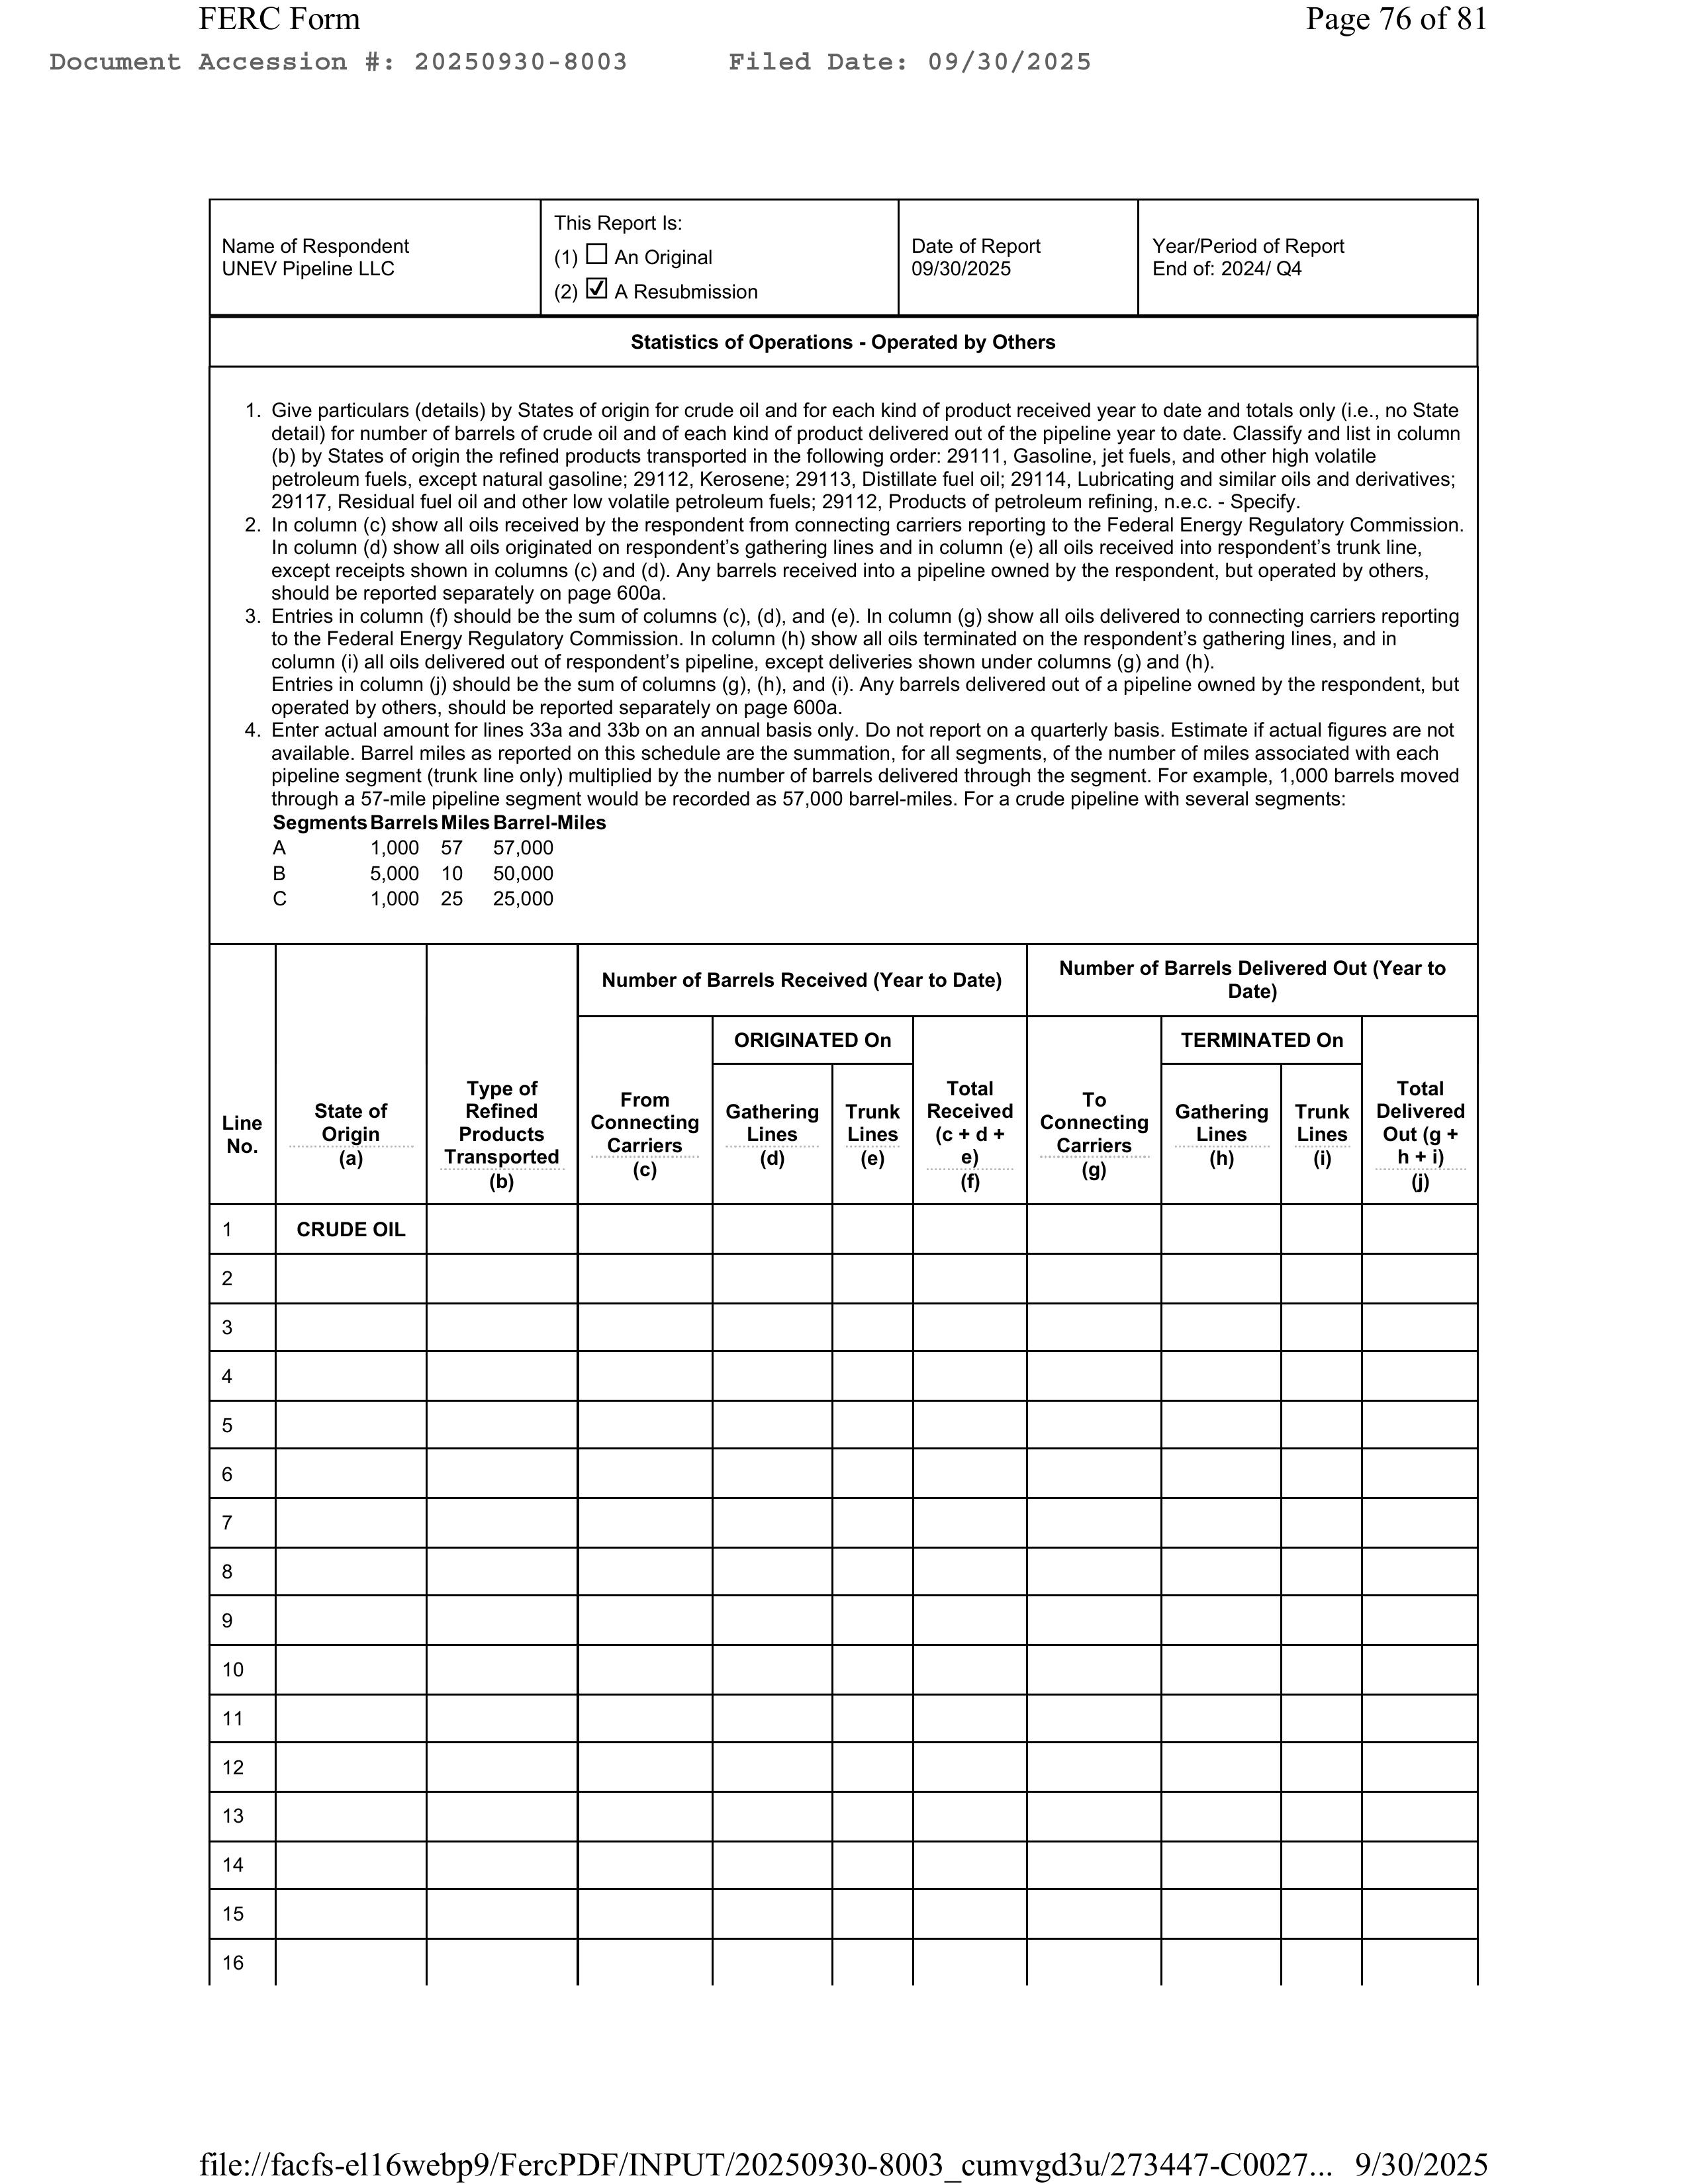
FERC Form                                                                                      Page 76 of 81
Document Accession #: 20250930-8003       Filed Date: 09/30/2025

Name of Respondent
UNEV Pipeline LLC

This Report is:
(1) ☐ An Original
(2) ☑ A Resubmission

Date of Report
09/30/2025

Year/Period of Report
End of: 2024/ Q4

Statistics of Operations - Operated by Others

1. Give particulars (details) by States of origin for crude oil and for each kind of product received year to date and totals only (i.e., no State
   detail) for number of barrels of crude oil and of each kind of product delivered out of the pipeline year to date. Classify and list in column
   (b) by States of origin the refined products transported in the following order: 29111, Gasoline, jet fuels, and other high volatile
   petroleum fuels, except natural gasoline; 29112, Kerosene; 29113, Distillate fuel oil; 29114, Lubricating and other oils and derivatives;
   29117, Residual fuel oil and other low volatile petroleum fuels; 2912, Products of petroleum refining, n.e.c. - Specify.
2. In column (c) show all oils received by the respondent from connecting carriers reporting to the Federal Energy Regulatory Commission.
   In column (d) show all oils originated on respondent's gathering lines and in column (e) all oils received into respondent's trunk line,
   except receipts shown in columns (c) and (d). Any barrels received into a pipeline owned by the respondent, but operated by others,
   should be reported separately on page 600a.
3. Entries in column (f) should be the sum of columns (c), (d), and (e). In column (g) show all oils delivered to connecting carriers reporting
   to the Federal Energy Regulatory Commission. In column (h) show all oils terminated on the respondent's gathering lines, and in
   column (i) all oils delivered out of respondent's pipeline, except deliveries shown under columns (g) and (h).
   Entries in column (j) should be the sum of columns (g), (h), and (i). Any barrels delivered out of a pipeline owned by the respondent, but
   operated by others, should be reported separately on page 600a.
4. Enter actual amount for lines 33a and 33b on an annual basis only. Do not report on a quarterly basis. Estimate if actual figures are not
   available. Barrel miles as reported on this schedule are the summation, for all segments, of the number of miles associated with each
   pipeline segment (trunk line only) multiplied by the number of barrels delivered through the segment. For example, 1,000 barrels moved
   through a 57-mile pipeline segment would be recorded as 57,000 barrel-miles. For a crude pipeline with several segments:
   Segments Barrels Miles Barrel-Miles
   A           1,000   57  57,000
   B           5,000   10  50,000
   C           1,000   25  25,000

Number of Barrels Received (Year to Date)                    Number of Barrels Delivered Out (Year to Date)
ORIGINATED On                                                TERMINATED On

Line  State of   Type of Refined  From Connecting  Gathering  Trunk  Total Received   To Connecting  Gathering  Trunk  Total Delivered
No.   Origin (a) Products (b)     Carriers (c)     Lines (d)  Lines  (c + d + e) (f)  Carriers (g)   Lines (h)  Lines  Out (g + h + i) (j)
                                                     (e)                                         (i)

1     CRUDE OIL

file://facfs-el16webp9/FercPDF/INPUT/20250930-8003_cumvgd3u/273447-C0027...  9/30/2025